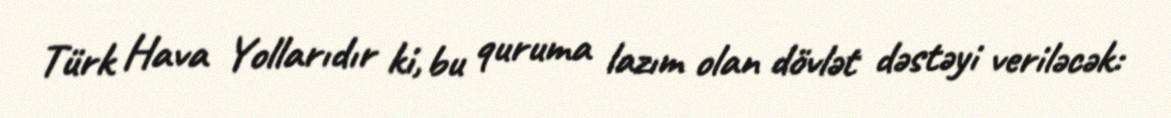
Türk Hava Yollarıdır ki, bu quruma lazım olan dövlət dəstəyi veriləcək: